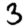
Digit: 3